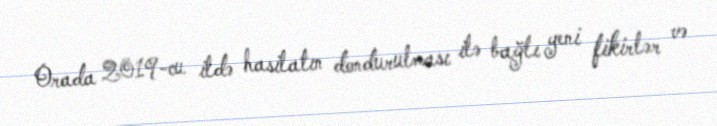
Orada 2019-cu ildə hasilatın dondurulması ilə bağlı yeni fikirlər və